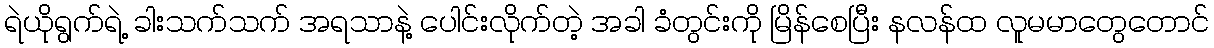
ရဲယိုရွက်ရဲ့ ခါးသက်သက် အရသာနဲ့ ပေါင်းလိုက်တဲ့ အခါ ခံတွင်းကို မြိန်စေပြီး နလန်ထ လူမမာတွေတောင်